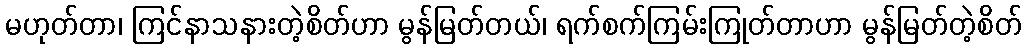
မဟုတ်တာ၊ ကြင်နာသနားတဲ့စိတ်ဟာ မွန်မြတ်တယ်၊ ရက်စက်ကြမ်းကြုတ်တာဟာ မွန်မြတ်တဲ့စိတ်